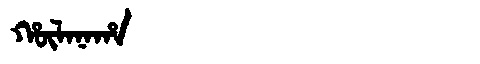
Manchu: ᡥᡡᠯᠠᠨᠠᡥᠠ
Romanization: HŪLANAHA